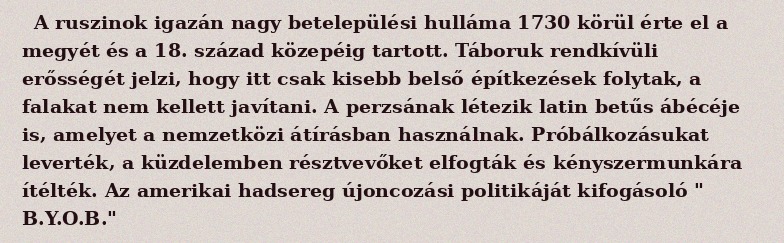
A ruszinok igazán nagy betelepülési hulláma 1730 körül érte el a megyét és a 18. század közepéig tartott. Táboruk rendkívüli erősségét jelzi, hogy itt csak kisebb belső építkezések folytak, a falakat nem kellett javítani. A perzsának létezik latin betűs ábécéje is, amelyet a nemzetközi átírásban használnak. Próbálkozásukat leverték, a küzdelemben résztvevőket elfogták és kényszermunkára ítélték. Az amerikai hadsereg újoncozási politikáját kifogásoló " B.Y.O.B."